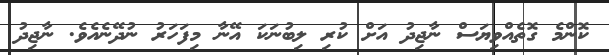
ކޮންމެ ގޮތެއްވިޔަސް ނާޖިދު އަށް ކުރި ލިބުނަކަ އޭނާ މިފަހަރު ނުދޭނެއެވެ. ނާޖިދު